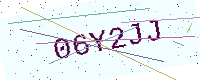
Text: 06Y2JJ